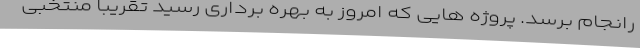
رانجام برسد. پروژه هایی که امروز به بهره برداری رسید تقریباً منتخبی